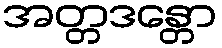
အတ္တဒန္တော